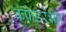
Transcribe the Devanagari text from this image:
कंफेडरेशन